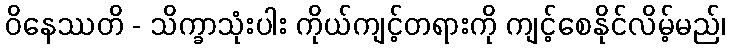
ဝိနေဿတိ - သိက္ခာသုံးပါး ကိုယ်ကျင့်တရားကို ကျင့်စေနိုင်လိမ့်မည်၊